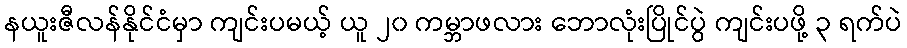
နယူးဇီလန်နိုင်ငံမှာ ကျင်းပမယ့် ယူ ၂၀ ကမ္ဘာဖလား ဘောလုံးပြိုင်ပွဲ ကျင်းပဖို့ ၃ ရက်ပဲ